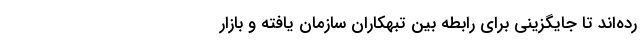
رده‌اند تا جایگزینی برای رابطه بین تبهکاران سازمان یافته و بازار